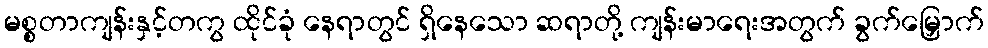
မစ္စတာကျန်းနှင့်တကွ ထိုင်ခုံ နေရာတွင် ရှိနေသော ဆရာတို့ ကျန်းမာရေးအတွက် ခွက်မြှောက်